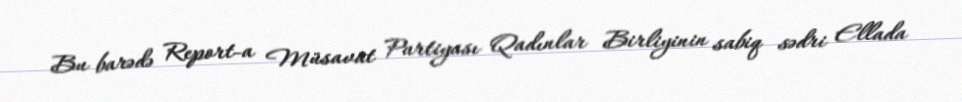
Bu barədə Report-a Müsavat Partiyası Qadınlar Birliyinin sabiq sədri Ellada